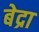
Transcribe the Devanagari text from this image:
बेद्रा